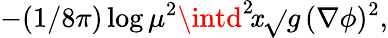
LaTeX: -(1/8\pi)\log\mu^{2}\intd^{2}\! \mathit{x}\sqrt{}{{g}}\, (\nabla\phi)^{2},